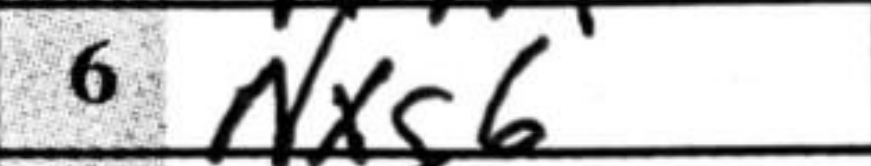
Transcription: Nxg6